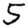
Digit: 5